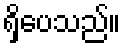
ရှိပေသည်။